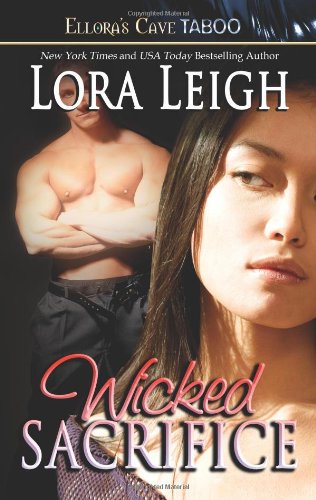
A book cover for Wicked Sacrifice (Books 4 and 5); Lora Leigh; Romance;